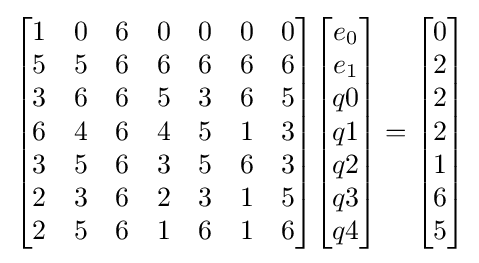
{\begin{bmatrix}1&0&6&0&0&0&0\\5&5&6&6&6&6&6\\3&6&6&5&3&6&5\\6&4&6&4&5&1&3\\3&5&6&3&5&6&3\\2&3&6&2&3&1&5\\2&5&6&1&6&1&6\\\end{bmatrix}}{\begin{bmatrix}e_{0}\\e_{1}\\q0\\q1\\q2\\q3\\q4\\\end{bmatrix}}={\begin{bmatrix}0\\2\\2\\2\\1\\6\\5\\\end{bmatrix}}